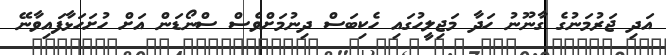
އަދި ޖަރުމަނުގެ ގާނޫނު ހަދާ މަޖިލީހުގައި ހެކިބަސް ދިނުމަށްވެސް ސްނޯޑަން އަށް ހުށަހަޅާފައިވާނޭ